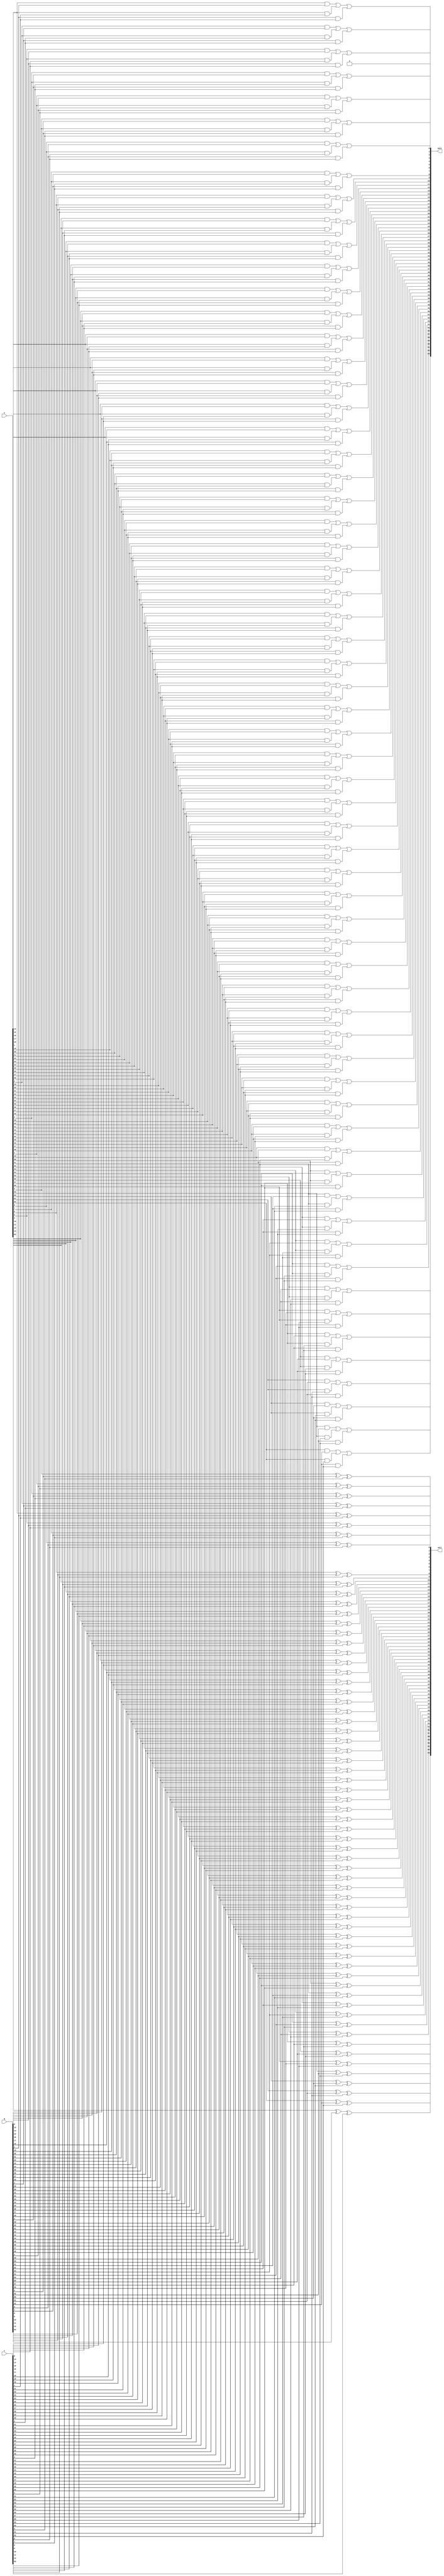
module csm #(parameter DATA_WIDTH = 64)
	// carru save module
	(input [DATA_WIDTH-1:0] A,
	input [DATA_WIDTH-1:0] B,
	input [DATA_WIDTH-1:0] C,
	output [DATA_WIDTH-1:0] out1,
	output [DATA_WIDTH-1:0] out2
	);
	
	integer i;
	
	reg [DATA_WIDTH-1:0] carry;
	reg [DATA_WIDTH-1:0] sum;
	
	// not sure if i should be using what operators for optimization purposes, so we don't bother
	always@(A or B or C) begin
		carry[0] = 0;
		sum[DATA_WIDTH-1] = A[DATA_WIDTH-1]^B[DATA_WIDTH-1]^C[DATA_WIDTH-1];
		for (i = 0; i < DATA_WIDTH-1; i=i+1)
		begin
			sum[i] = A[i]^B[i]^C[i];
			carry[i+1] = (A[i]&B[i]) | (A[i]&C[i]) | (B[i]&C[i]);
		end	
	end
	 
	assign out1[DATA_WIDTH-1:0] = sum[DATA_WIDTH-1:0];
	assign out2[DATA_WIDTH-1:0] = carry[DATA_WIDTH-1:0]; 
	
	
endmodule